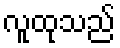
လူထုသည်